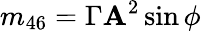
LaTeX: m_{46}=\Gamma\mathbf{A}^{2}\sin\phi